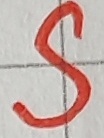
Text: S